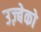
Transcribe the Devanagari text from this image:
उज़्बेको